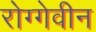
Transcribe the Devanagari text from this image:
रोग्गेवीन